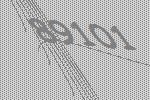
89101